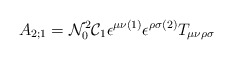
\begin{align*}A_{2;1} = {\cal N}_{0}^{2} {\cal C}_{1} \epsilon^{\mu \nu (1)}\epsilon^{\rho \sigma (2)} T_{\mu \nu \rho \sigma}\end{align*}